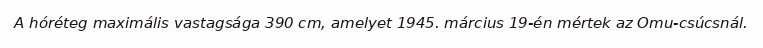
A hóréteg maximális vastagsága 390 cm, amelyet 1945. március 19-én mértek az Omu-csúcsnál.